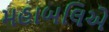
મહાબલિએ